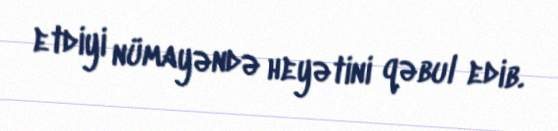
etdiyi nümayəndə heyətini qəbul edib.